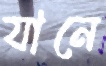
যানে